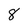
Character: 8